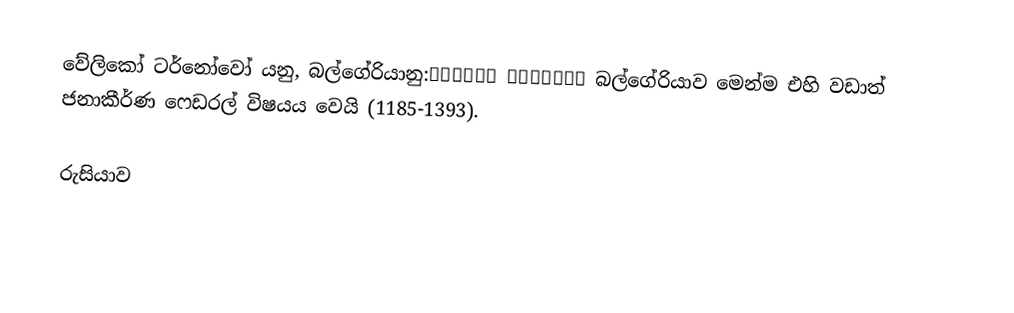
වේලිකෝ ටර්නෝවෝ යනු,  බල්ගේරියානු:Велико Търново බල්ගේරියාව මෙන්ම එහි වඩාත් ජනාකීර්ණ ෆෙඩරල් විෂයය වෙයි (1185-1393).

රුසියාව